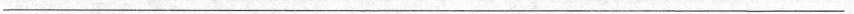
___